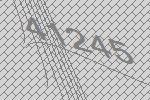
41245